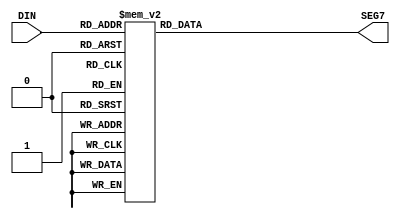
module dec_7seg(DIN, SEG7);
    input[3:0] DIN;
    output[6:0] SEG7;
    
    function[6:0] dec;
        input[3:0] din;
        case (din)
            4'h0: dec = 7'b1000000;
            4'h1: dec = 7'b1111001;
            4'h2: dec = 7'b0100100;
            4'h3: dec = 7'b0110000;
            4'h4: dec = 7'b0011001;
            4'h5: dec = 7'b0010010;
            4'h6: dec = 7'b0000010;
            4'h7: dec = 7'b1111000;
            4'h8: dec = 7'b0000000;
            4'h9: dec = 7'b0010000;
            default: dec = 7'b1111111;	
        endcase
    endfunction

    assign SEG7 = dec(DIN);
endmodule